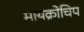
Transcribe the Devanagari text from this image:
मायक्रोचिप